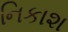
નિકાશ